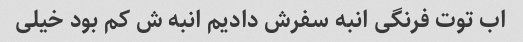
اب توت فرنگی انبه سفرش دادیم انبه ش کم بود خیلی